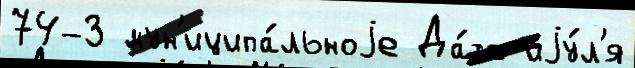
74-З мун'иципа́льноjе Да́та иjу́л'я